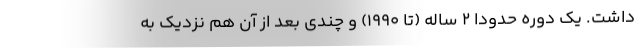
داشت. یک دوره حدودا ۲ ساله (تا ۱۹۹۰) و چندی بعد از آن هم نزدیک به